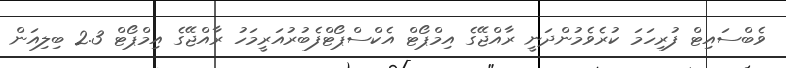
ވެބްސައިޓް ފުރިހަމަ ކުރެވެމުންދަނީ ރާއްޖޭގެ އިމްޕޯޓް އެކްސްޕޯޓްފެބުރުއަރީމަހު ރާއްޖޭގެ އިމްޕޯޓް 2.3 ބިލިއަން